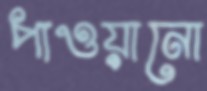
পাওয়ানো